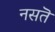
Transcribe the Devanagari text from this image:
नसतॆ